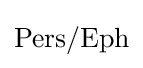
\mathrm {Pers} /\mathrm {Eph}